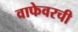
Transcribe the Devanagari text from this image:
वाफेवरची